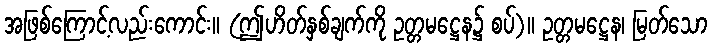
အဖြစ်ကြောင့်လည်းကောင်း။ (ဤဟိတ်နှစ်ချက်ကို ဥတ္တမဋ္ဌေန၌ စပ်)။ ဥတ္တမဋ္ဌေန၊ မြတ်သော